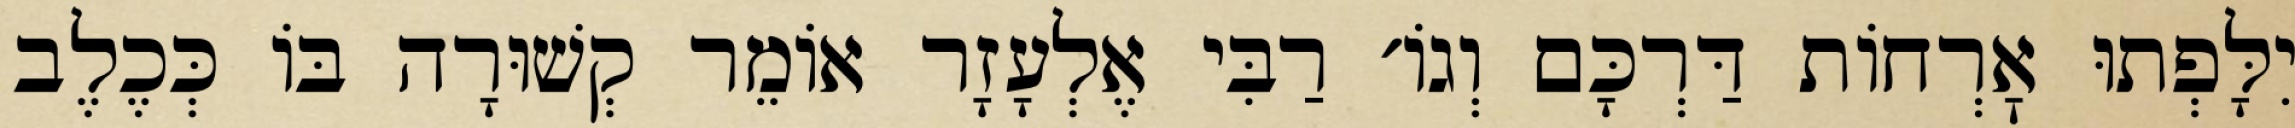
יִלָּפְתוּ אׇרְחוֹת דַּרְכָּם וְגוֹ׳ רַבִּי אֶלְעָזָר אוֹמֵר קְשׁוּרָה בּוֹ כְּכֶלֶב